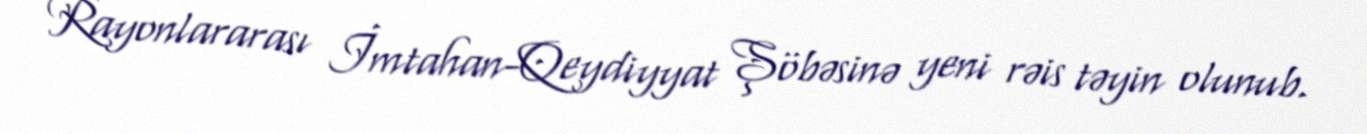
Rayonlararası İmtahan-Qeydiyyat Şöbəsinə yeni rəis təyin olunub.